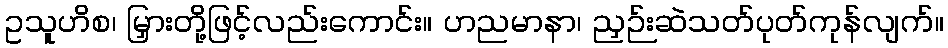
ဥသူဟိစ၊ မြှားတို့ဖြင့်လည်းကောင်း။ ဟညမာနာ၊ ညှဉ်းဆဲသတ်ပုတ်ကုန်လျက်။